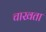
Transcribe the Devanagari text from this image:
चाखता